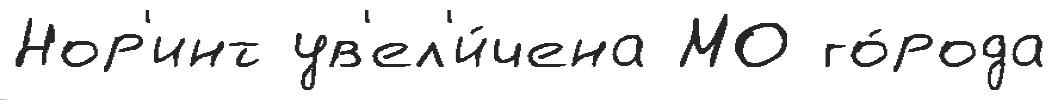
Нор'инт ув'ел'и́чена МО го́рода